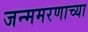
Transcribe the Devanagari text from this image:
जन्ममरणाच्या